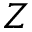
Z